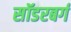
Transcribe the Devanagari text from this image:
सॉडरबर्ग